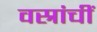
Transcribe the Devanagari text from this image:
वस्रांचीं